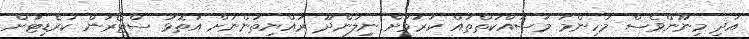
އަދި މިނޫންވެސް މުހިންމު މަސައްކަތްތައް ކުރުމަށް ނިލަންދޫ ރައްޔިތުންނަށް އަތޮޅު ސްޓޯރުން ކުރެޑިޓަށް